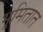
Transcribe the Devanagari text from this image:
भूमितात